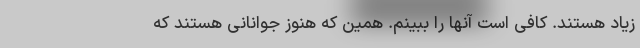
زیاد هستند. کافی است آنها را ببینم. همین که هنوز جوانانی هستند که